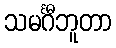
သမင်္ဂီဘူတာ